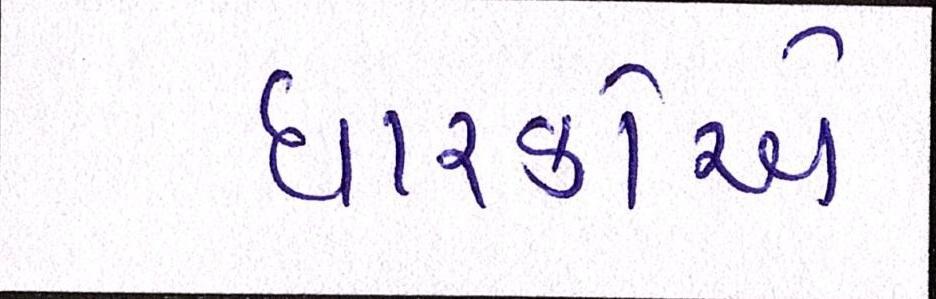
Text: ધારકોએ